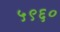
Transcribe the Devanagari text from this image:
५९६०